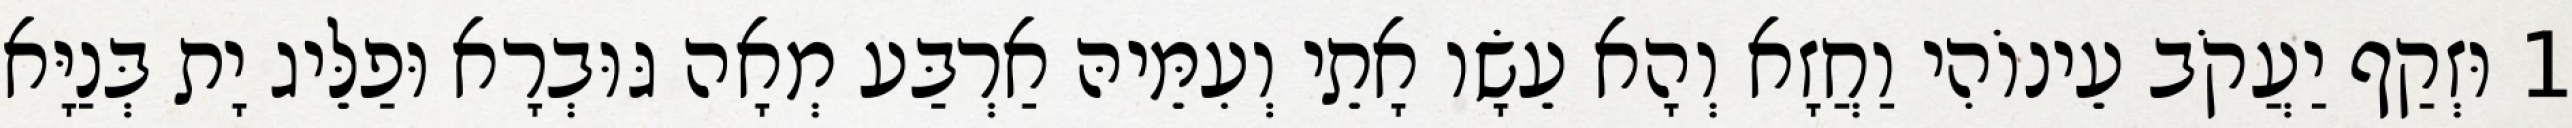
1 וּזְקַף יַעֲקֹב עֵינוֹהִי וַחֲזָא וְהָא עֵשָׂו אָתֵי וְעִמֵּיהּ אַרְבַּע מְאָה גּוּבְרָא וּפַלֵּיג יָת בְּנַיָּא